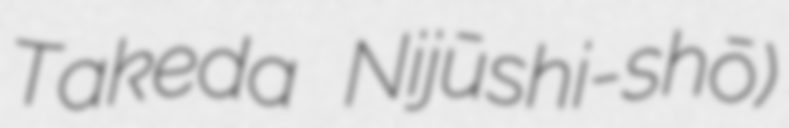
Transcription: Takeda Nijūshi-shō)